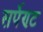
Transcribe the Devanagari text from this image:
सर्पेण्ट